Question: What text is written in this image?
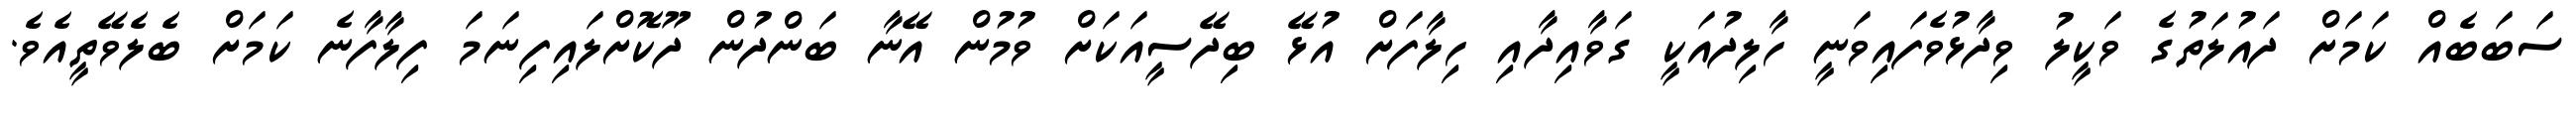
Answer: ސަބަބެއް ކަމަށް ދައުލަތުގެ ވަކީލު ވިދާޅުވެފައިވަނީ ހާލިދުއަކީ ގަވާއިދާއި ހިލާފަށް އުޅޭ ބިދޭސީއަކަށް ވުމުން އޭނާ ބަންދުން ދޫކޮށްލައިފިނަމަ ފިލާފާނެ ކަމަށް ބެލެވޭތީއެވެ.